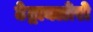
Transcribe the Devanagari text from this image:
टेट्राक्लोरो